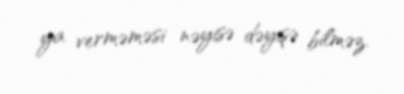
ya verməməsi nəyisə dəyişə bilməz.